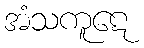
အံသကူဋေ